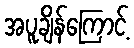
အပူချိန်ကြောင့်